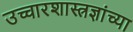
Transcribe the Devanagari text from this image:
उच्चारशास्त्रज्ञांच्या